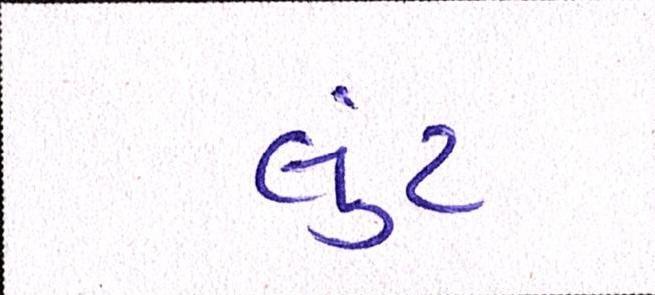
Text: લુંટ